Lunatic asylums in Bengal annual reports 1899-1911 - 1899-1911
Year: 1899
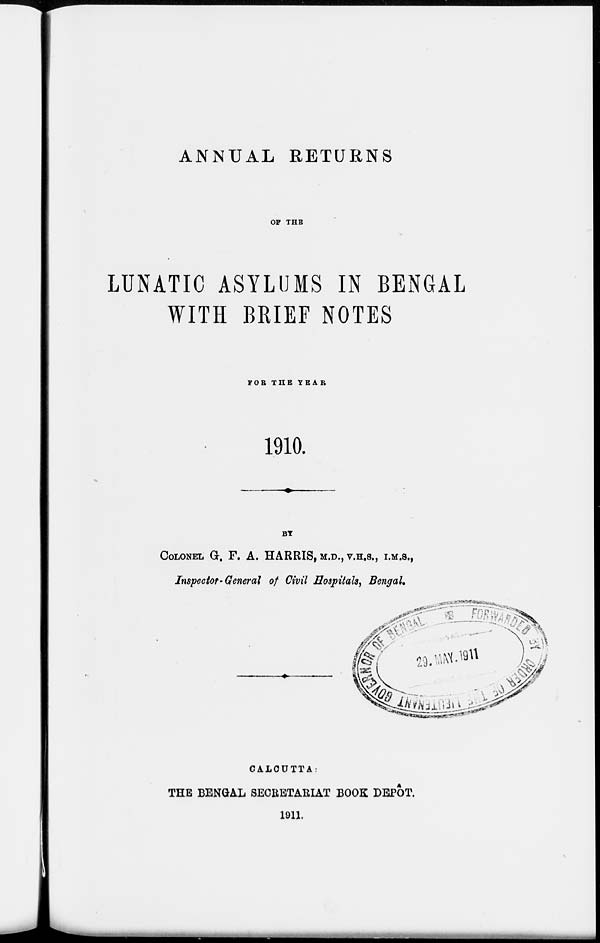
ANNUAL RETURNS
OF THE
LUNATIC ASYLUMS IN BENGAL
WITH BRIEF NOTES
FOR THE YEAR
1910.
COLONEL G.F. A. HARRIS, M.D., V.H.S., I.M.S.,
Inspector - General of Civil Hospitals, Bengal.
CALCUTTA.
THE BENGAL SECRETARIAT BOOK DEPOT.
1911.